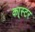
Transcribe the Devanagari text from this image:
का्स्‍टर